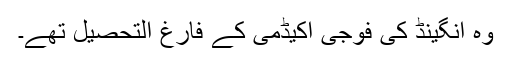
وہ انگینڈ کی فوجی اکیڈمی کے فارغ التحصیل تھے۔